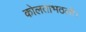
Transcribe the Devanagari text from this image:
कोलताभठली।